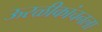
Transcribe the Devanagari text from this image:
ऊरळीकांचनला